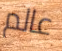
عالم